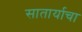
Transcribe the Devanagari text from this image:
सातार्याचा